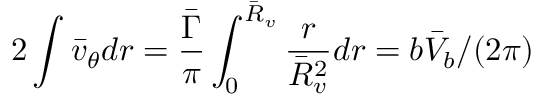
2 \int \bar { v } _ { \theta } d r = \frac { \bar { \Gamma } } { \pi } \int _ { 0 } ^ { \bar { R } _ { v } } \frac { r } { \bar { R } _ { v } ^ { 2 } } d r = { b \bar { V } _ { b } } / ( { 2 \pi } )